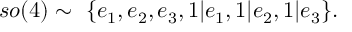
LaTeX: s o ( 4 ) \sim ~ \{ e _ { 1 } , e _ { 2 } , e _ { 3 } , 1 | e _ { 1 } , 1 | e _ { 2 } , 1 | e _ { 3 } \} .